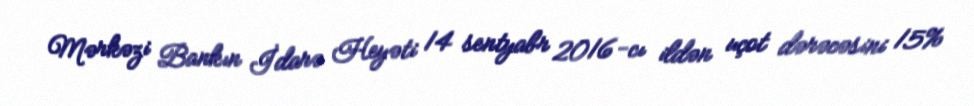
Mərkəzi Bankın İdarə Heyəti 14 sentyabr 2016-cı ildən uçot dərəcəsini 15%